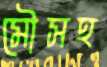
মৌসহ